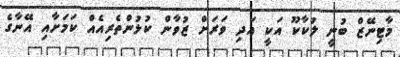
މާޓިނޭޒް ބުނީ ލުކާކޫ އަކީ އަދި ވަރަށް ޒުވާން ކުޅުންތެރިއެއް ކަމަށާއި އޭނާގެ